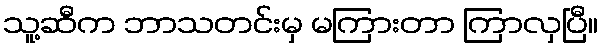
သူ့ဆီက ဘာသတင်းမှ မကြားတာ ကြာလှပြီ။